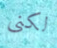
لكنى